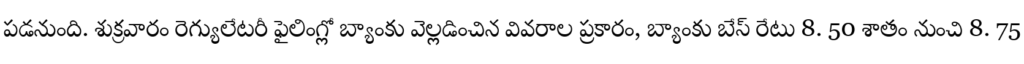
పడనుంది. శుక్రవారం రెగ్యులేటరీ ఫైలింగ్లో బ్యాంకు వెల్లడించిన వివరాల ప్రకారం, బ్యాంకు బేస్ రేటు 8. 50 శాతం నుంచి 8. 75